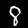
Label: 8